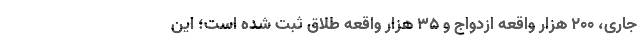
جاری، ۲۰۰ هزار واقعه ازدواج و ۳۵ هزار واقعه طلاق ثبت شده است؛ این